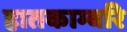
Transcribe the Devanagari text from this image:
हातकाम्बरि